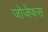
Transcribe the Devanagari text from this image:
जोजेफस